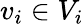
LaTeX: v_{i}\in V_{i}